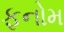
ફનોમ